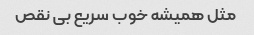
مثل همیشه خوب سریع بی نقص